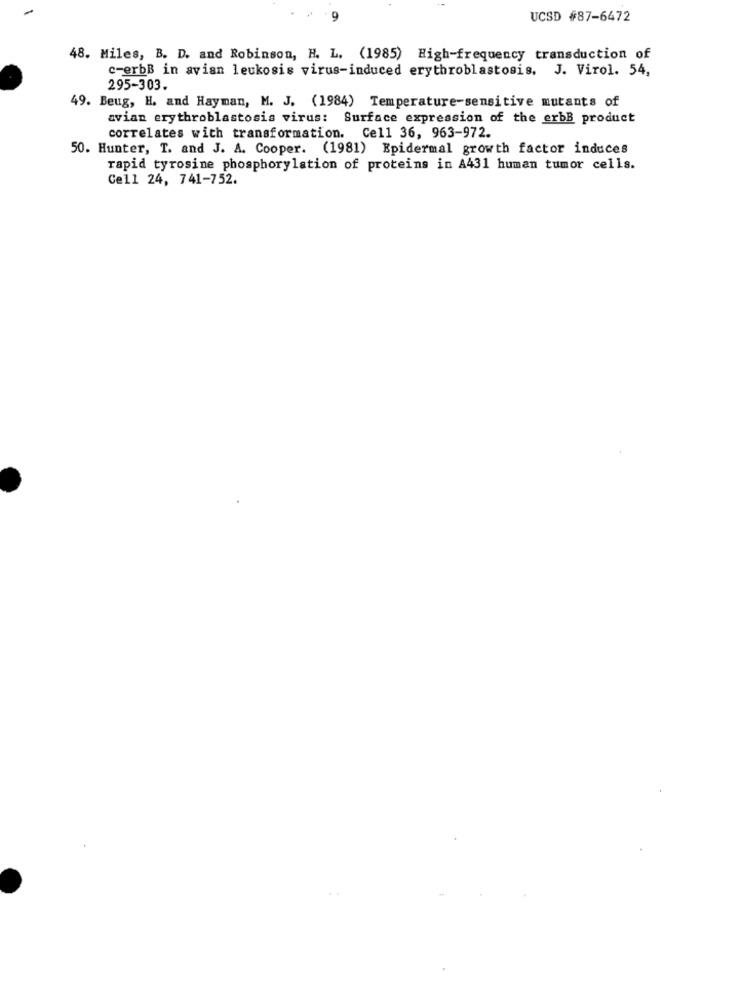
UCSD #87-6472
48. Miles, B. D. and Robinson, H. L. (1985) High-frequency transduction of
c-erbB in avian leukosis virus-induced erythroblastosis. J. Virol. 54,
295-303.
49. Beug, H. and Hayman, M. J. (1984) Temperature-sensitive mutants of
avian erythroblastosis virus: Surface expression of the erbB product
correlates with transformation. Cell 36, 963-972.
50. Hunter, T. and J. A. Cooper. (1981) Epidermal growth factor induces
rapid tyrosine phosphorylation of proteins in A431 human tumor cells.
Cell 24, 741-752.